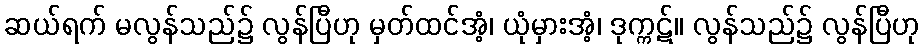
ဆယ်ရက် မလွန်သည်၌ လွန်ပြီဟု မှတ်ထင်အံ့၊ ယုံမှားအံ့၊ ဒုက္ကဋ်။ လွန်သည်၌ လွန်ပြီဟု